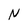
Character: N